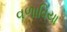
વળાવિયા